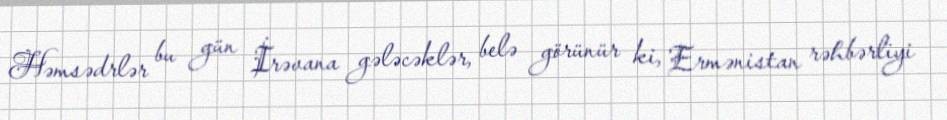
Həmsədrlər bu gün İrəvana gələcəklər, belə görünür ki, Ermənistan rəhbərliyi